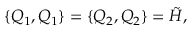
\{ Q _ { 1 } , Q _ { 1 } \} = \{ Q _ { 2 } , Q _ { 2 } \} = \tilde { H } ,